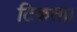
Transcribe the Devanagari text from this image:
टिकता।